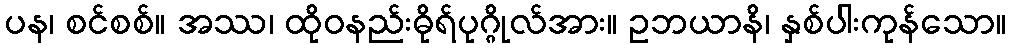
ပန၊ စင်စစ်။ အဿ၊ ထိုဝနည်းဓိုရ်ပုဂ္ဂိုလ်အား။ ဥဘယာနိ၊ နှစ်ပါးကုန်သော။